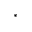
^ *